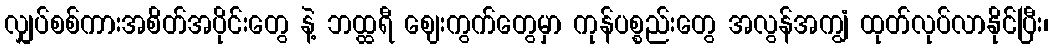
လျှပ်စစ်ကားအစိတ်အပိုင်းတွေ နဲ့ ဘထ္ထရီ ဈေးကွက်တွေမှာ ကုန်ပစ္စည်းတွေ အလွန်အကျွံ ထုတ်လုပ်လာနိုင်ပြီး၊